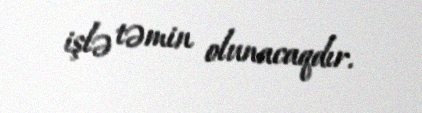
işlə təmin olunacaqdır.